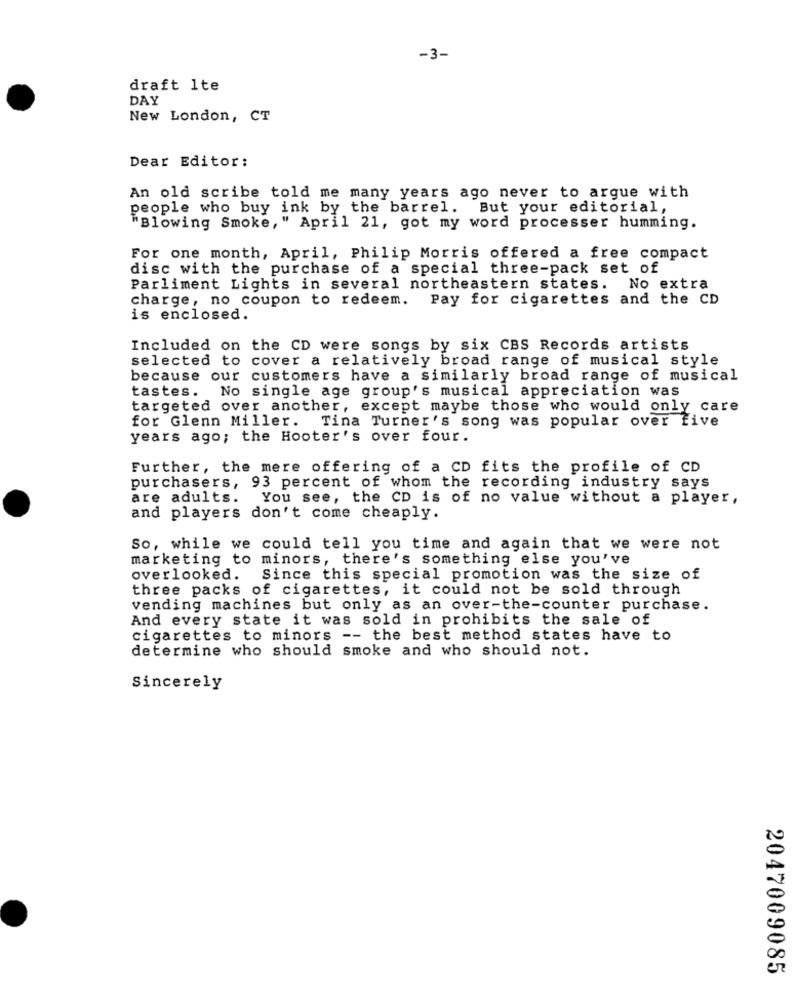
-3-
draft lte
DAY
New London, CT
Dear Editor:
An old scribe told me many years ago never to argue with
people who buy ink by the barrel. But your editorial,
"Blowing Smoke, " April 21, got my word processer humming.
For one month, April, Philip Morris offered a free compact
disc with the purchase of a special three-pack set of
Parliment Lights in several northeastern states. No extra
charge, no coupon to redeem. Pay for cigarettes and the CD
is enclosed.
Included on the CD were songs by six CBS Records artists
selected to cover a relatively broad range of musical style
because our customers have a similarly broad range of musical
tastes. No single age group's musical appreciation was
targeted over another, except maybe those who would only care
for Glenn Miller. Tina Turner's song was popular over five
years ago; the Hooter's over four.
Further, the mere offering of a CD fits the profile of CD
purchasers, 93 percent of whom the recording industry says
are adults.
You see, the CD is of no value without a player,
and players don't come cheaply.
So, while we could tell you time and again that we were not
marketing to minors, there's something else you've
overlooked.
Since this special promotion was the size of
three packs of cigarettes, it could not be sold through
vending machines but only as an over-the-counter purchase.
And every state it was sold in prohibits the sale of
cigarettes to minors -- the best method states have to
determine who should smoke and who should not.
Sincerely
2047009085